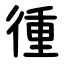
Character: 㣫